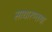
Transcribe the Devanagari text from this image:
साधारण्तया